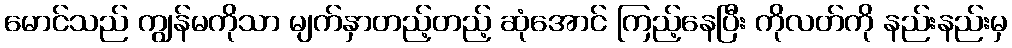
မောင်သည် ကျွန်မကိုသာ မျက်နှာတည့်တည့် ဆုံအောင် ကြည့်နေပြီး ကိုလတ်ကို နည်းနည်းမှ